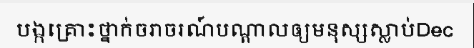
បង្កគ្រោះថ្នាក់ចរាចរណ៍បណ្តាលឲ្យមនុស្សស្លាប់Dec